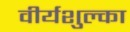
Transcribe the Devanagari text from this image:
वीर्यशुल्का